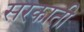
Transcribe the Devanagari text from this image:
सरकाती